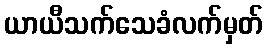
ယာယီသက်သေခံလက်မှတ်